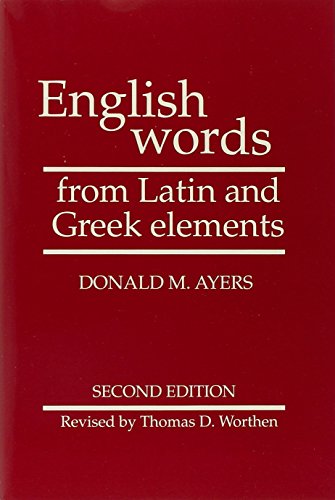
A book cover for English Words from Latin and Greek Elements; Donald M. Ayers; Politics & Social Sciences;